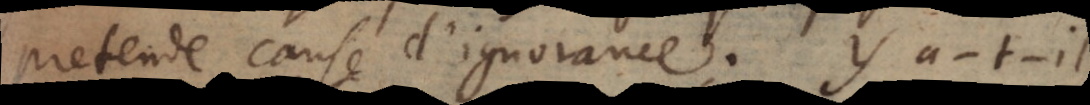
pretende cause d’ignorance. Y a‐t‐il